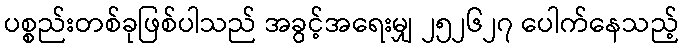
ပစ္စည်းတစ်ခုဖြစ်ပါသည် အခွင့်အရေးမျှ ၂၅၂၆၂၇ ပေါက်နေသည့်